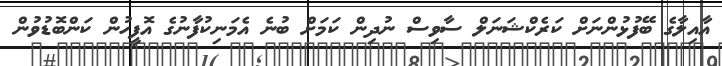
އާއިލާގެ ބޭފުޅުންނަށް ކަރެކްޝަނަލް ސާވިސް ނުދިން ކަމަށް ބުނެ އެމަނިކުފާނުގެ އޮފީހުން ކަންބޮޑުވުން